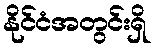
နိုင်ငံအတွင်းရှိ